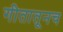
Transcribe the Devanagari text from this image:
गीतातूनच